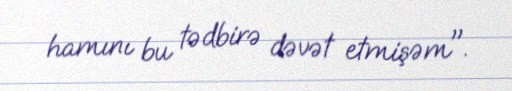
hamını bu tədbirə dəvət etmişəm".